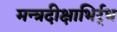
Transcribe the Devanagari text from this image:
मन्त्रदीक्षाभिर्र्ध